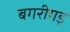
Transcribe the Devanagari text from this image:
बगरीगड़